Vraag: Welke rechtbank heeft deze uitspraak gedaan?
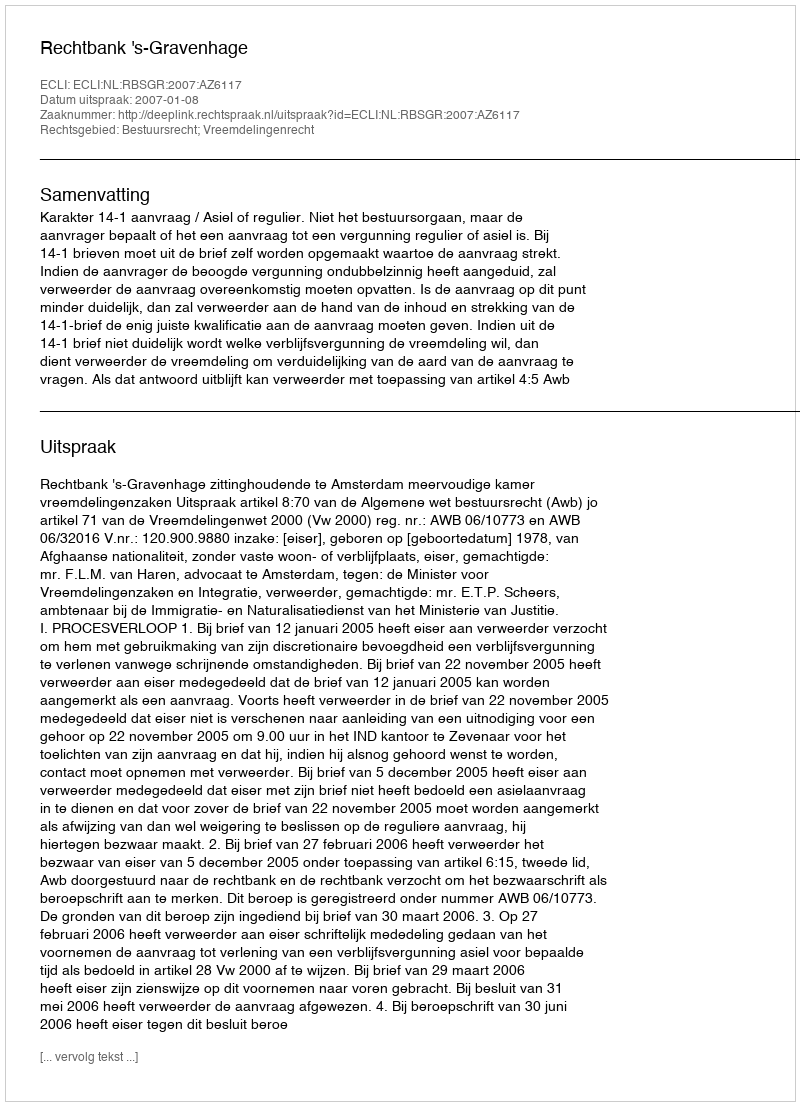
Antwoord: Rechtbank 's-Gravenhage